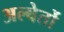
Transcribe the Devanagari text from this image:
अल्बेर्तो